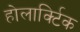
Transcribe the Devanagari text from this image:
होलार्क्टिक